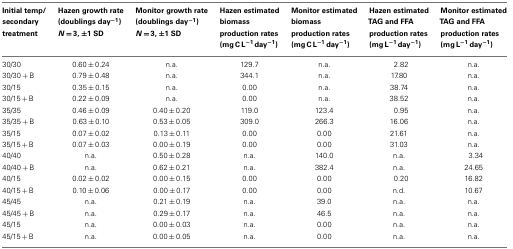
<table><thead><tr><td><b>Initial temp/secondary treatment</b></td><td><b>Hazen growth rate (doublings day<sup>−1</sup>) <i>N</i> = 3, ±1 SD</b></td><td><b>Monitor growth rate (doublings day<sup>−1</sup>) <i>N</i> = 3, ±1 SD</b></td><td><b>Hazen estimated biomass production rates (mg C L<sup>−1 </sup>day<sup>−1</sup>)</b></td><td><b>Monitor estimated biomass production rates (mg C L<sup>−1</sup> day<sup>−1</sup>)</b></td><td><b>Hazen estimated TAG and FFA production rates (mg L<sup>−1 </sup>day<sup>−1</sup>)</b></td><td><b>Monitor estimated TAG and FFA production rates (mg L<sup>−1</sup> day<sup>−1</sup>)</b></td></tr></thead><tbody><tr><td>30/30</td><td>0.60 ± 0.24</td><td>n.a.</td><td>129.7</td><td>n.a.</td><td>2.82</td><td>n.a.</td></tr><tr><td>30/30 + B</td><td>0.79 ± 0.48</td><td>n.a.</td><td>344.1</td><td>n.a.</td><td>17.80</td><td>n.a.</td></tr><tr><td>30/15</td><td>0.35 ± 0.15</td><td>n.a.</td><td>0.00</td><td>n.a.</td><td>38.74</td><td>n.a.</td></tr><tr><td>30/15 + B</td><td>0.22 ± 0.09</td><td>n.a.</td><td>0.00</td><td>n.a.</td><td>38.52</td><td>n.a.</td></tr><tr><td>35/35</td><td>0.46 ± 0.09</td><td>0.40 ± 0.20</td><td>119.0</td><td>123.4</td><td>0.95</td><td>n.a.</td></tr><tr><td>35/35 + B</td><td>0.63 ± 0.10</td><td>0.53 ± 0.05</td><td>309.0</td><td>266.3</td><td>16.06</td><td>n.a.</td></tr><tr><td>35/15</td><td>0.07 ± 0.02</td><td>0.13 ± 0.11</td><td>0.00</td><td>0.00</td><td>21.61</td><td>n.a.</td></tr><tr><td>35/15 + B</td><td>0.07 ± 0.03</td><td>0.00 ± 0.19</td><td>0.00</td><td>0.00</td><td>31.03</td><td>n.a.</td></tr><tr><td>40/40</td><td>n.a.</td><td>0.50 ± 0.28</td><td>n.a.</td><td>140.0</td><td>n.a.</td><td>3.34</td></tr><tr><td>40/40 + B</td><td>n.a.</td><td>0.62 ± 0.21</td><td>n.a.</td><td>382.4</td><td>n.a.</td><td>24.65</td></tr><tr><td>40/15</td><td>0.02 ± 0.02</td><td>0.00 ± 0.15</td><td>0.00</td><td>0.00</td><td>0.20</td><td>16.82</td></tr><tr><td>40/15 + B</td><td>0.10 ± 0.06</td><td>0.00 ± 0.17</td><td>0.00</td><td>0.00</td><td>n.d.</td><td>10.67</td></tr><tr><td>45/45</td><td>n.a.</td><td>0.21 ± 0.19</td><td>n.a.</td><td>39.0</td><td>n.a.</td><td>n.a.</td></tr><tr><td>45/45 + B</td><td>n.a.</td><td>0.29 ± 0.17</td><td>n.a.</td><td>46.5</td><td>n.a.</td><td>n.a.</td></tr><tr><td>45/15</td><td>n.a.</td><td>0.00 ± 0.03</td><td>n.a.</td><td>0.00</td><td>n.a.</td><td>n.a.</td></tr><tr><td>45/15 + B</td><td>n.a.</td><td>0.00 ± 0.05</td><td>n.a.</td><td>0.00</td><td>n.a.</td><td>n.a.</td></tr></tbody></table>